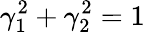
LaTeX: \gamma_{1}^{2}+\gamma_{2}^{2}=1